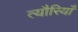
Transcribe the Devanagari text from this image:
त्यौरियाँ